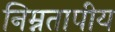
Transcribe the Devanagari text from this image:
निम्नतापीय